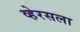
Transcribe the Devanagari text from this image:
व्हेरसला